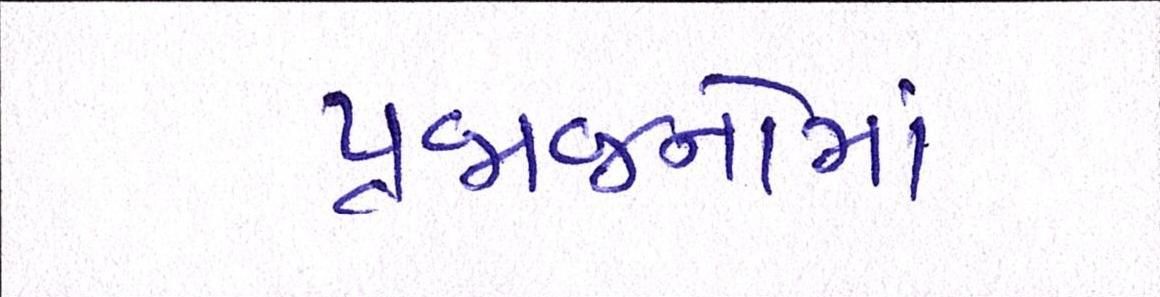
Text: પ્રજાજનોમાં